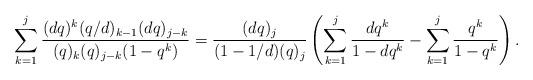
LaTeX: \begin{align*}\sum_{k=1}^{j}\frac{(dq)^k(q/d)_{k-1}(dq)_{j-k}}{(q)_k(q)_{j-k}(1-q^k)}=\frac{(dq)_j}{(1-1/d)(q)_j}\left(\sum_{k=1}^{j}\frac{dq^k}{1-dq^k}-\sum_{k=1}^{j}\frac{q^k}{1-q^k}\right).\end{align*}